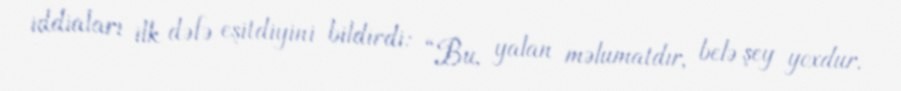
iddiaları ilk dəfə eşitdiyini bildirdi: “Bu, yalan məlumatdır, belə şey yoxdur.